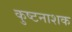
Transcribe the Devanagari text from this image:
कुष्टनाशक